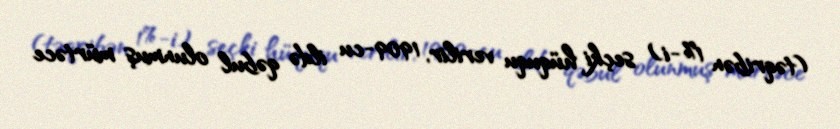
(təqribən 1%-i) seçki hüququ verilir, 1909-cu ildə qəbul olunmuş mürtəce